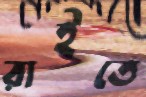
রাইতে